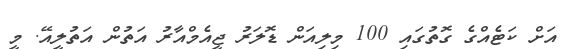
އަށް ކަޓެއްގެ ގޮތުގައި 100 މިިލިއަން ޑޮލަރު ޖީއެމްއާރު އަތުން އަތުލީއޭ. މީ